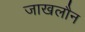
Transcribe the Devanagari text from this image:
जाखलौन